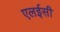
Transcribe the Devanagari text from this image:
एलईसी